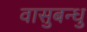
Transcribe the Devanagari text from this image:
वासुबन्धु